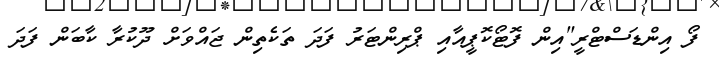
ފޯ އިންޑަސްޓްރީ"އިން ފޮޓޯކޮޕީއާއި ޕްރިންޓަރު ފަދަ ތަކެތިން ޖައްވަށް ދޫކުރާ ކާބަން ފަދަ